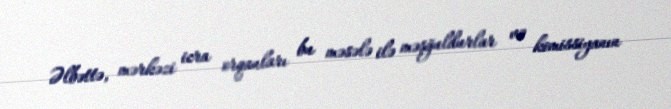
Əlbəttə, mərkəzi icra orqanları bu məsələ ilə məşğuldurlar və komissiyanın